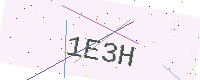
Text: 1E3H